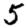
Digit: 5